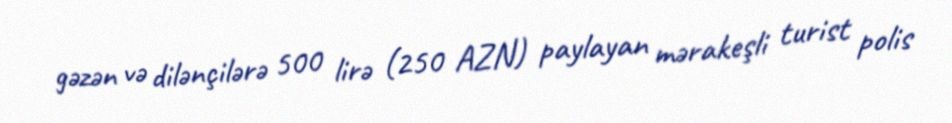
gəzən və dilənçilərə 500 lirə (250 AZN) paylayan mərakeşli turist polis